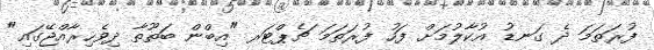
ފުރަތަމަ ދެ ގަނޑު އުކާލުމަށް ފަހު ފުރަތަމަ ޗެޕްޓަރ "އިބްން ބަތޫތާ ދިވެހިރާއްޖޭގައި"